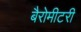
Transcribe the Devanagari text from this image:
बैरोमीटरी